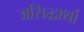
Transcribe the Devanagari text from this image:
असिद्धार्था